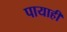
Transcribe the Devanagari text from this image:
पायाही